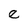
Character: e